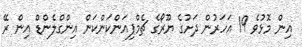
އިން މޮޅުވެ 19 އަހަރުން ދަށުގެ ޔޫރޯގެ ޗެމްޕިއަންކަންކަން އިންގްލެންޑް އިން ރޭ